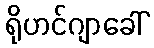
ရိုဟင်ဂျာခေါ်